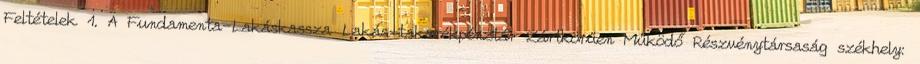
Feltételek 1. A Fundamenta-Lakáskassza Lakás-takarékpénztár Zártkörűen Működő Részvénytársaság székhely: